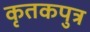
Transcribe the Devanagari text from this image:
कृतकपुत्र